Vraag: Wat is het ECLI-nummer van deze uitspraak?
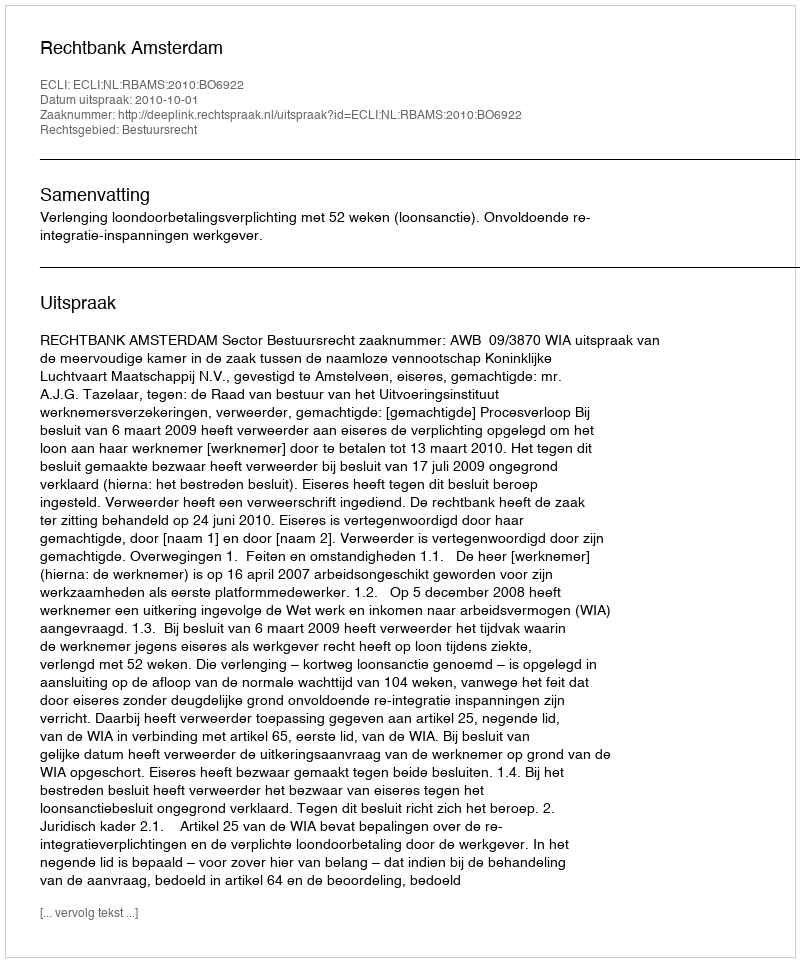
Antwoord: ECLI:NL:RBAMS:2010:BO6922